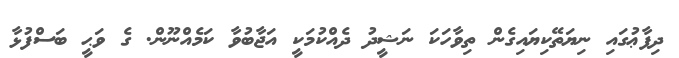
ދިފާޢުގައި ނިޔަތޭކިޔައިގެން ތިވާހަކަ ނަޝީދު ދެއްކުމަކީ އަޖާބުވާ ކަމެއްނޫން. ގެ ވަޙީ ބަސްފުޅާ